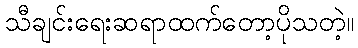
သီချင်းရေးဆရာထက်တော့ပိုသတဲ့။